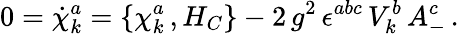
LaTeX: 0={\dot{\chi}}_{k}^{a}=\{ \chi_{k}^{a}\, ,H_{C}\} -2\, g^{2}\, \epsilon^{abc}\, V_{k}^{b}\, A_{-}^{c}\, .